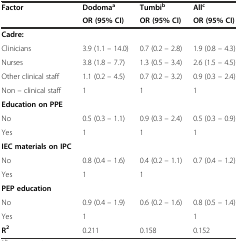
<table><thead><tr><td><b>Factor</b></td><td><b>Dodoma<sup>a</sup></b></td><td><b>Tumbi<sup>b</sup></b></td><td><b>All<sup>c</sup></b></td></tr><tr><td></td><td><b>OR (95% CI)</b></td><td><b>OR (95% CI)</b></td><td><b>OR (95% CI)</b></td></tr></thead><tbody><tr><td><b>Cadre:</b></td><td></td><td></td><td></td></tr><tr><td>Clinicians</td><td>3.9 (1.1 – 14.0)</td><td>0.7 (0.2 – 2.8)</td><td>1.9 (0.8 – 4.3)</td></tr><tr><td>Nurses</td><td>3.8 (1.8 – 7.7)</td><td>1.3 (0.5 – 3.4)</td><td>2.6 (1.5 – 4.5)</td></tr><tr><td>Other clinical staff</td><td>1.1 (0.2 – 4.5)</td><td>0.7 (0.2 – 3.2)</td><td>0.9 (0.3 – 2.4)</td></tr><tr><td>Non – clinical staff</td><td>1</td><td>1</td><td>1</td></tr><tr><td><b>Education on PPE</b></td><td></td><td></td><td></td></tr><tr><td>No</td><td>0.5 (0.3 – 1.1)</td><td>0.9 (0.3 – 2.4)</td><td>0.5 (0.3 – 0.9)</td></tr><tr><td>Yes</td><td>1</td><td>1</td><td>1</td></tr><tr><td><b>IEC materials on IPC</b></td><td></td><td></td><td></td></tr><tr><td>No</td><td>0.8 (0.4 – 1.6)</td><td>0.4 (0.2 – 1.1)</td><td>0.7 (0.4 – 1.2)</td></tr><tr><td>Yes</td><td>1</td><td>1</td><td></td></tr><tr><td><b>PEP education</b></td><td></td><td></td><td></td></tr><tr><td>No</td><td>0.9 (0.4 – 1.9)</td><td>0.6 (0.2 – 1.6)</td><td>0.8 (0.5 – 1.4)</td></tr><tr><td>Yes</td><td>1</td><td></td><td>1</td></tr><tr><td><b>R</b><sup><b>2</b></sup></td><td>0.211</td><td>0.158</td><td>0.152</td></tr></tbody></table>